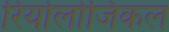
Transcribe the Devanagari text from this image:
रियोलोजिकल